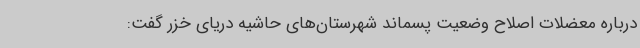
درباره معضلات اصلاح وضعیت پسماند شهرستان‌های حاشیه دریای خزر گفت: